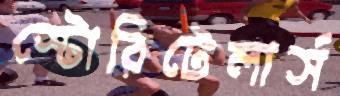
স্টোরিটেলার্স